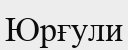
Юрғули